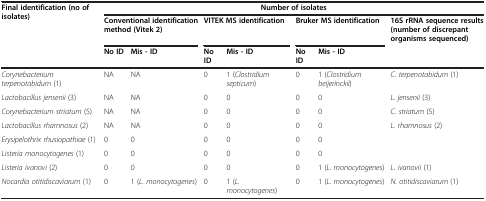
<table><thead><tr><td rowspan="3"><b>Final identification (no of isolates)</b></td><td colspan="7"><b>Number of isolates</b></td></tr><tr><td colspan="2"><b>Conventional identification method (Vitek 2)</b></td><td colspan="2"><b>VITEK MS identification</b></td><td colspan="2"><b>Bruker MS identification</b></td><td><b>16S rRNA sequence results (number of discrepant organisms sequenced)</b></td></tr><tr><td><b>No ID</b></td><td><b>Mis - ID</b></td><td><b>No ID</b></td><td><b>Mis - ID</b></td><td><b>No ID</b></td><td><b>Mis - ID</b></td><td></td></tr></thead><tbody><tr><td><i>Corynebacterium terpenotabidum</i> (1)</td><td>NA</td><td>NA</td><td>0</td><td>1 (<i>Clostridium septicum</i>)</td><td>0</td><td>1 (<i>Clostridium beijerinckii</i>)</td><td><i>C. terpenotabidum</i> (1)</td></tr><tr><td><i>Lactobacillus jensenii</i> (3)</td><td>NA</td><td>NA</td><td>0</td><td>0</td><td>0</td><td>0</td><td><i>L. jensenii</i> (3)</td></tr><tr><td><i>Corynebacterium striatum</i> (5)</td><td>NA</td><td>NA</td><td>0</td><td>0</td><td>0</td><td>0</td><td><i>C. striatum</i> (5)</td></tr><tr><td><i>Lactobacillus rhamnosus</i> (2)</td><td>NA</td><td>NA</td><td>0</td><td>0</td><td>0</td><td>0</td><td><i>L. rhamnosus</i> (2)</td></tr><tr><td><i>Erysipelothrix rhusiopathiae</i> (1)</td><td>0</td><td>0</td><td>0</td><td>0</td><td>0</td><td>0</td><td></td></tr><tr><td><i>Listeria monocytogenes</i> (1)</td><td>0</td><td>0</td><td>0</td><td>0</td><td>0</td><td>0</td><td></td></tr><tr><td><i>Listeria ivanovi</i> (2)</td><td>0</td><td>0</td><td>0</td><td>0</td><td>0</td><td>1 (<i>L. monocytogenes</i>)</td><td><i>L. ivanovii</i> (1)</td></tr><tr><td><i>Nocardia otitidiscaviarum</i> (1)</td><td>0</td><td>1 (<i>L. monocytogenes</i>)</td><td>0</td><td>1 (<i>L. monocytogenes</i>)</td><td>0</td><td>1 (<i>L. monocytogenes</i>)</td><td><i>N. otitidiscaviarum</i> (1)</td></tr></tbody></table>